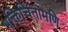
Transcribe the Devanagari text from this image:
भक्तिचिंतामणि